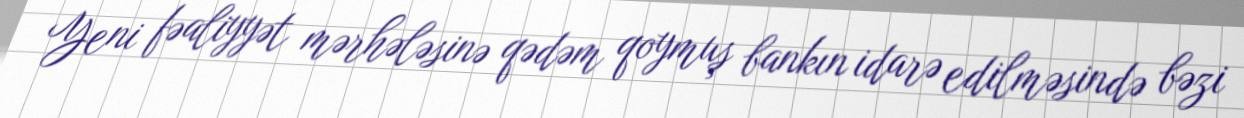
Yeni fəaliyyət mərhələsinə qədəm qoymuş bankın idarə edilməsində bəzi